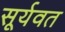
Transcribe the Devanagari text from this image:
सूर्यवत